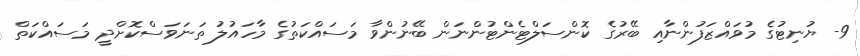
9- ޔުނިޓުގެ މުވައްޒަފުންނާއި ބޭރުގެ ކޮންސަލްޓެންޓުންނަން ބޭނުންވާ މަސައްކަތުގެ މާހައުލު ތަނަވަސްކޮށްދީ މަސައްކަތް